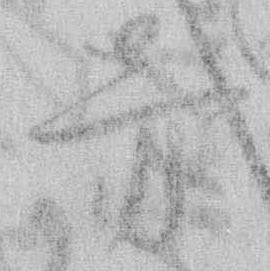
旁